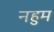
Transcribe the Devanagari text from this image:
नहुम